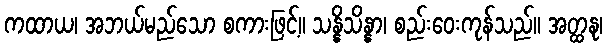
ကထာယ၊ အဘယ်မည်သော စကားဖြင့်။ သန္နိသိန္နာ၊ စည်းဝေးကုန်သည်။ အတ္ထနု၊